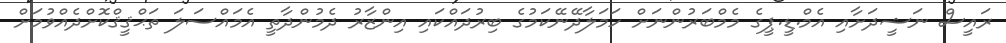
ރައީސް ނަޝީދަށާއި އެމް.ޑީ.ޕީގެ މެމްބަރުންނަށް ހަމަލާދޭނޭކަމުގެ ބިރުދައްކައި އިންޒާރު ދެމުންދާތީ އެމައްސަލަ ތަޙްޤީޤްކޮށްދެއްވުމަށް